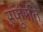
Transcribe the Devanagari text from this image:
स्फुरति